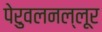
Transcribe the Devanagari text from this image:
पेरुवलनल्लूर